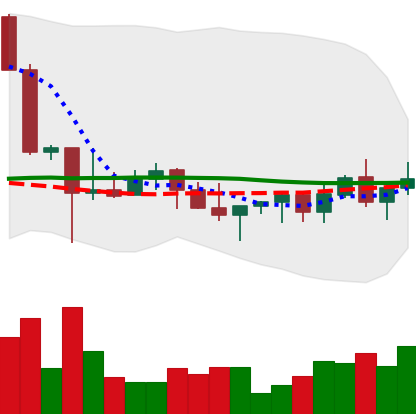
Ticker: XLM-USD
Chart end date: 2022-10-29
Forward return: -4.21%
Label: down_3_5